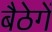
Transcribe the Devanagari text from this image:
बैठेगें